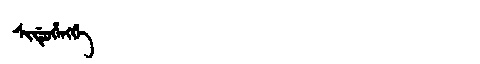
Manchu: ᠰᡳᡩᡠᡥᡝᠩᡤᡝ
Romanization: SIDUHENGGE